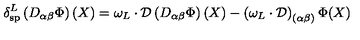
\delta _ { \mathrm { s p } } ^ { L } \left( D _ { \alpha \beta } \Phi \right) ( X ) = \omega _ { L } \cdot \mathcal { D } \left( D _ { \alpha \beta } \Phi \right) ( X ) - \left( { \omega _ { L } } \cdot \mathcal { D } \right) _ { ( \alpha \beta ) } \Phi ( X )